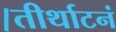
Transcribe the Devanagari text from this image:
।तीर्थाटनं